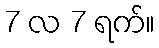
7 လ 7 ရက်။